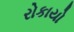
રોકાયો